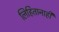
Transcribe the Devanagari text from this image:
लिहितानाही